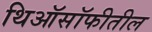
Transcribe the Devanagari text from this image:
थिऑसॉफीतील